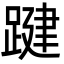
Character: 踺